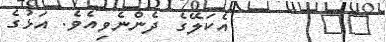
٣٦       އެކަލޭގެ ދެންނެވިއެވެ. އަޅުގެ